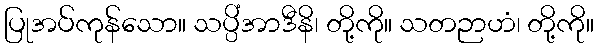
ပြုအပ်ကုန်သော။ သပ္ပိံအာဒီနိ၊ တို့ကို။ သတဉာဟံ၊ တို့ကို။